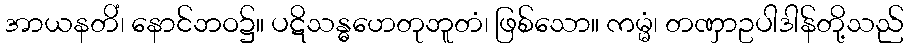
အာယနတိံ၊ နောင်ဘဝ၌။ ပဋိသန္ဓဟေတုဘူတံ၊ ဖြစ်သော။ ကမ္မံ၊ တဏှာဥပါဒါန်တို့သည်